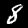
Digit: 8